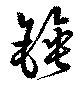
錘